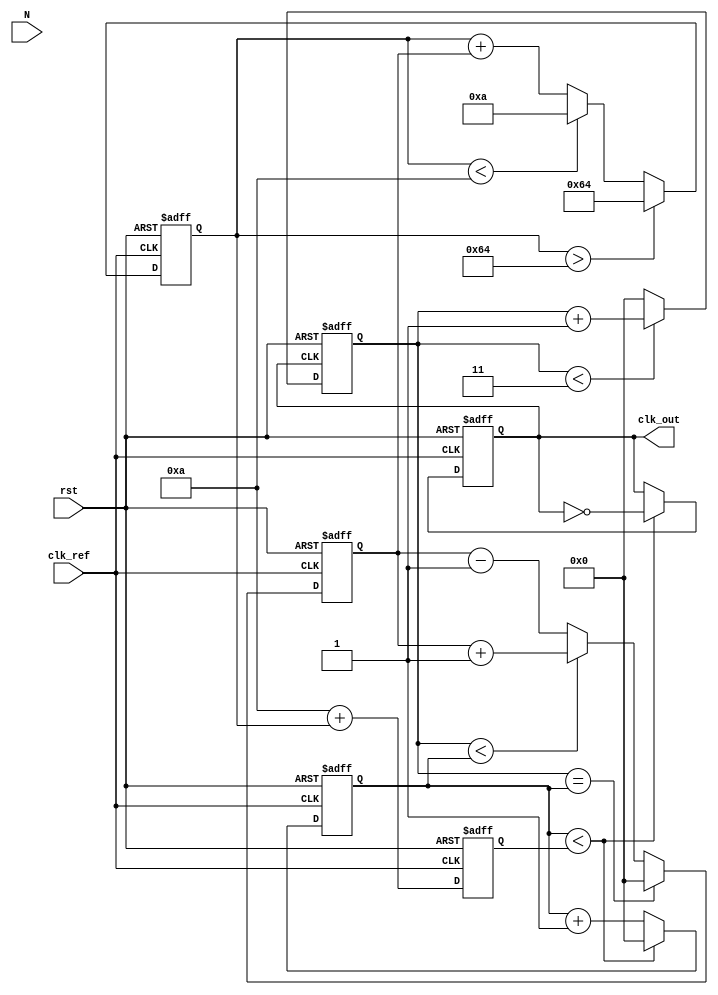
module integer_n_pll (
    input wire clk_ref,           // Reference clock input
    input wire rst,               // Reset signal
    input wire [N-1:0] N,         // Integer division factor
    output reg clk_out            // Output clock signal
);

parameter N = 4;                 // Example integer value for N
parameter VCO_MAX_FREQ = 100;   // Maximum frequency for VCO (arbitrary units)
parameter VCO_MIN_FREQ = 10;    // Minimum frequency for VCO (arbitrary units)

reg [3:0] phase_error;           // Phase error signal
reg [7:0] control_voltage;        // Control voltage for VCO
reg [7:0] vco_freq;              // VCO frequency
reg [3:0] feedback_divider;      // Feedback divider counter
reg [3:0] vco_counter;           // VCO counter

// Phase Detector (PD)
always @(posedge clk_ref or posedge rst) begin
    if (rst) begin
        phase_error <= 0;
    end else begin
        // Simple phase comparison logic
        if (feedback_divider == vco_counter) begin
            phase_error <= 0; // No phase error
        end else if (feedback_divider < vco_counter) begin
            phase_error <= phase_error + 1; // Reference leads VCO
        end else begin
            phase_error <= phase_error - 1; // VCO leads reference
        end
    end
end

// Loop Filter (LF)
always @(posedge clk_ref or posedge rst) begin
    if (rst) begin
        control_voltage <= 0;
    end else begin
        // Simple proportional control for the loop filter
        control_voltage <= control_voltage + phase_error;
        // Clamp control voltage to VCO limits
        if (control_voltage > VCO_MAX_FREQ) begin
            control_voltage <= VCO_MAX_FREQ;
        end else if (control_voltage < VCO_MIN_FREQ) begin
            control_voltage <= VCO_MIN_FREQ;
        end
    end
end

// Voltage-Controlled Oscillator (VCO)
always @(posedge clk_ref or posedge rst) begin
    if (rst) begin
        vco_freq <= VCO_MIN_FREQ;
        clk_out <= 0;
        vco_counter <= 0;
    end else begin
        // Adjust VCO frequency based on control voltage
        vco_freq <= VCO_MIN_FREQ + control_voltage;

        // Generate output clock based on VCO frequency
        if (vco_counter < vco_freq) begin
            clk_out <= ~clk_out; // Toggle output clock
            vco_counter <= 0; // Reset counter
        end else begin
            vco_counter <= vco_counter + 1; // Increment counter
        end
    end
end

// Frequency Divider
always @(posedge clk_out or posedge rst) begin
    if (rst) begin
        feedback_divider <= 0;
    end else begin
        if (feedback_divider < N-1) begin
            feedback_divider <= feedback_divider + 1; // Increment divider
        end else begin
            feedback_divider <= 0; // Reset divider
        end
    end
end

endmodule